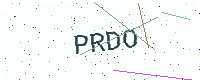
Text: PRDO